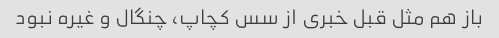
باز هم مثل قبل خبری از سس کچاپ، چنگال و غیره نبود